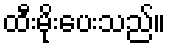
ထီးမိုးပေးသည်။